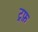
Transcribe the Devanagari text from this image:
ट्रफ़